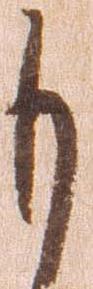
も